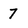
Character: 7